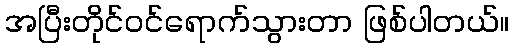
အပြီးတိုင်ဝင်ရောက်သွားတာ ဖြစ်ပါတယ်။